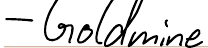
- Goldmine